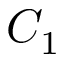
C _ { 1 }